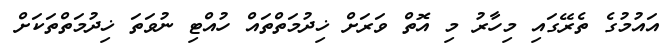
އައުމުގެ ތެރޭގައި މިހާރު މި އޮތް ވަރަށް ޚިދުމަތްތައް ހުއްޓި ނުވަތަ ޚިދުމަތްތަކަށް